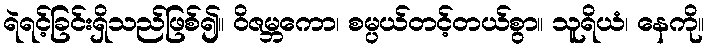
ရဲရင့်ခြင်းရှိသည်ဖြစ်၍။ ဝိဇမ္ဘကော၊ စမ္ပယ်တင့်တယ်စွာ။ သူရိယံ၊ နေကို။